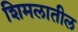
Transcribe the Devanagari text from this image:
शिमलातील